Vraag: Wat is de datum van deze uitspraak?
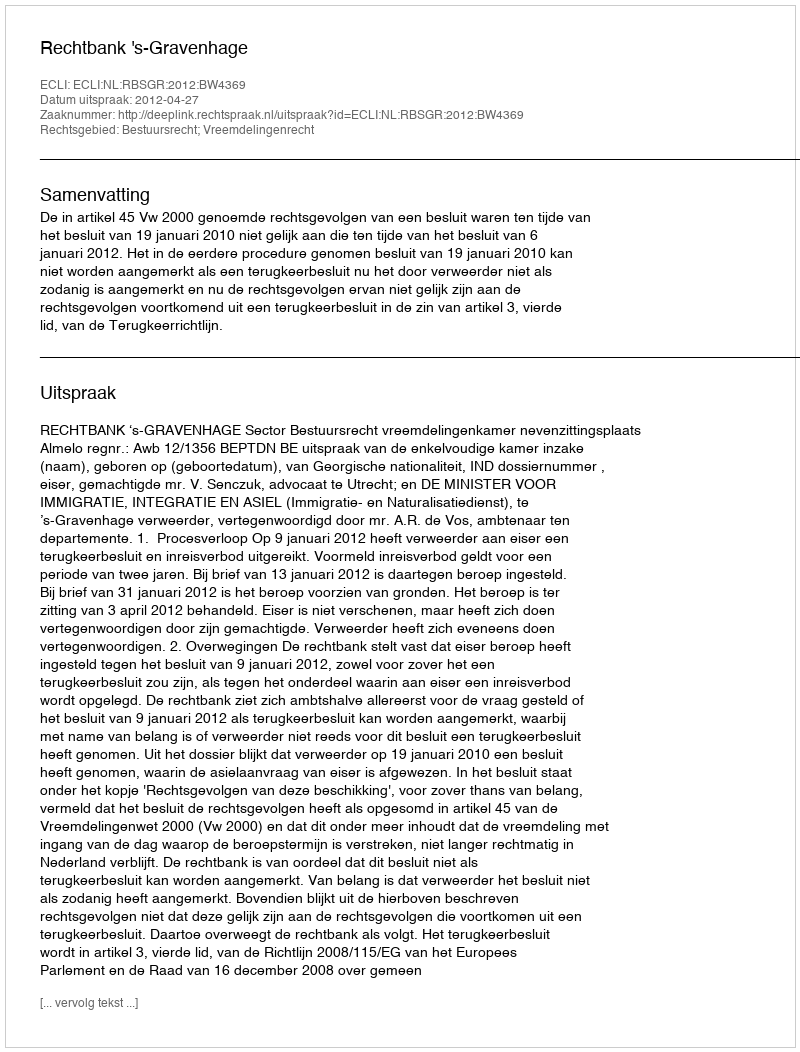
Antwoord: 2012-04-27